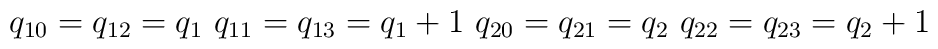
q_{10}=q_{12}=q_1\,\, q_{11}=q_{13}=q_1+1 \,\, q_{20}=q_{21}=q_2\,\, q_{22}=q_{23}=q_2+1